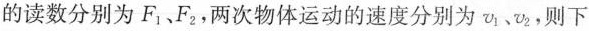
的读数分别为F_{1}、F_{2}，两次物体运动的速度分别为v_{1}、v_{2}，则下